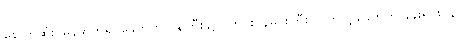
နောက်ဆုံး မြန်မာဘုရင်ခေတ်က ဝန်ကြီးချုပ် ကင်းဝန်မင်းကြီး၊ ဗြိတိသျှခေတ်က နန်းရင်းဝန်